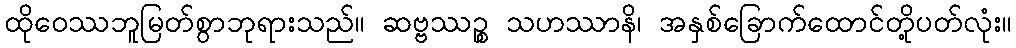
ထိုဝေဿဘူမြတ်စွာဘုရားသည်။ ဆဗ္ဗဿဉ္စ သဟဿာနိ၊ အနှစ်ခြောက်ထောင်တို့ပတ်လုံး။